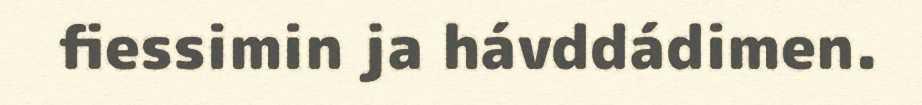
fiessimin ja hávddádimen.